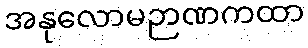
အနုလောမဉာဏကထာ